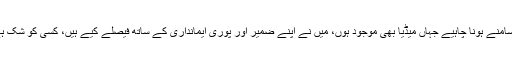
میرا ٹرائل اوپن اور سب کے سامنے ہونا چاہیے جہاں میڈیا بھی موجود ہوں، میں نے اپنے ضمیر اور پوری ایمانداری کے ساتھ فیصلے کیے ہیں، کسی کو شک ہے تو میرے گھر آکر دیکھے۔